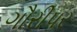
ગૌરીપર